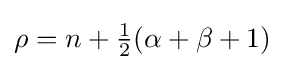
\rho =n+{\tfrac {1}{2}}(\alpha +\beta +1)